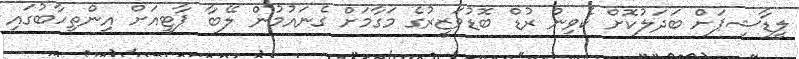
ލީޑާޝިޕަށް ބަދަލުކޮށް ކެވިން ރުޑް ބޮޑުވަޒީރުގެ މަގާމަށް ގެނައުމުން ލޭބާ ޕާޓީއަށް އިންތިހާބުގައި